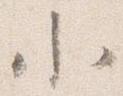
小